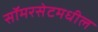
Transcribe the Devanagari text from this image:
सॉमरसेटमधील